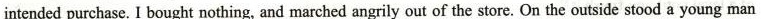
intended purchase. I bought nothing,and marched angrily out of the store. On the outside stood a young man